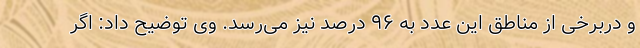
و دربرخی از مناطق این عدد به ۹۶ درصد نیز می‌رسد. وی توضیح داد: اگر